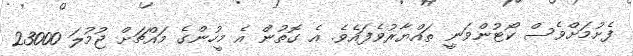
ފެށުމަށްވެސް ކޯޓުންވަނީ ތައްޔާރުވެފައެވެ. އެ ގޮތުން އެ މީހުންގެ މައްޗަށް ޖުމުލަ 23000